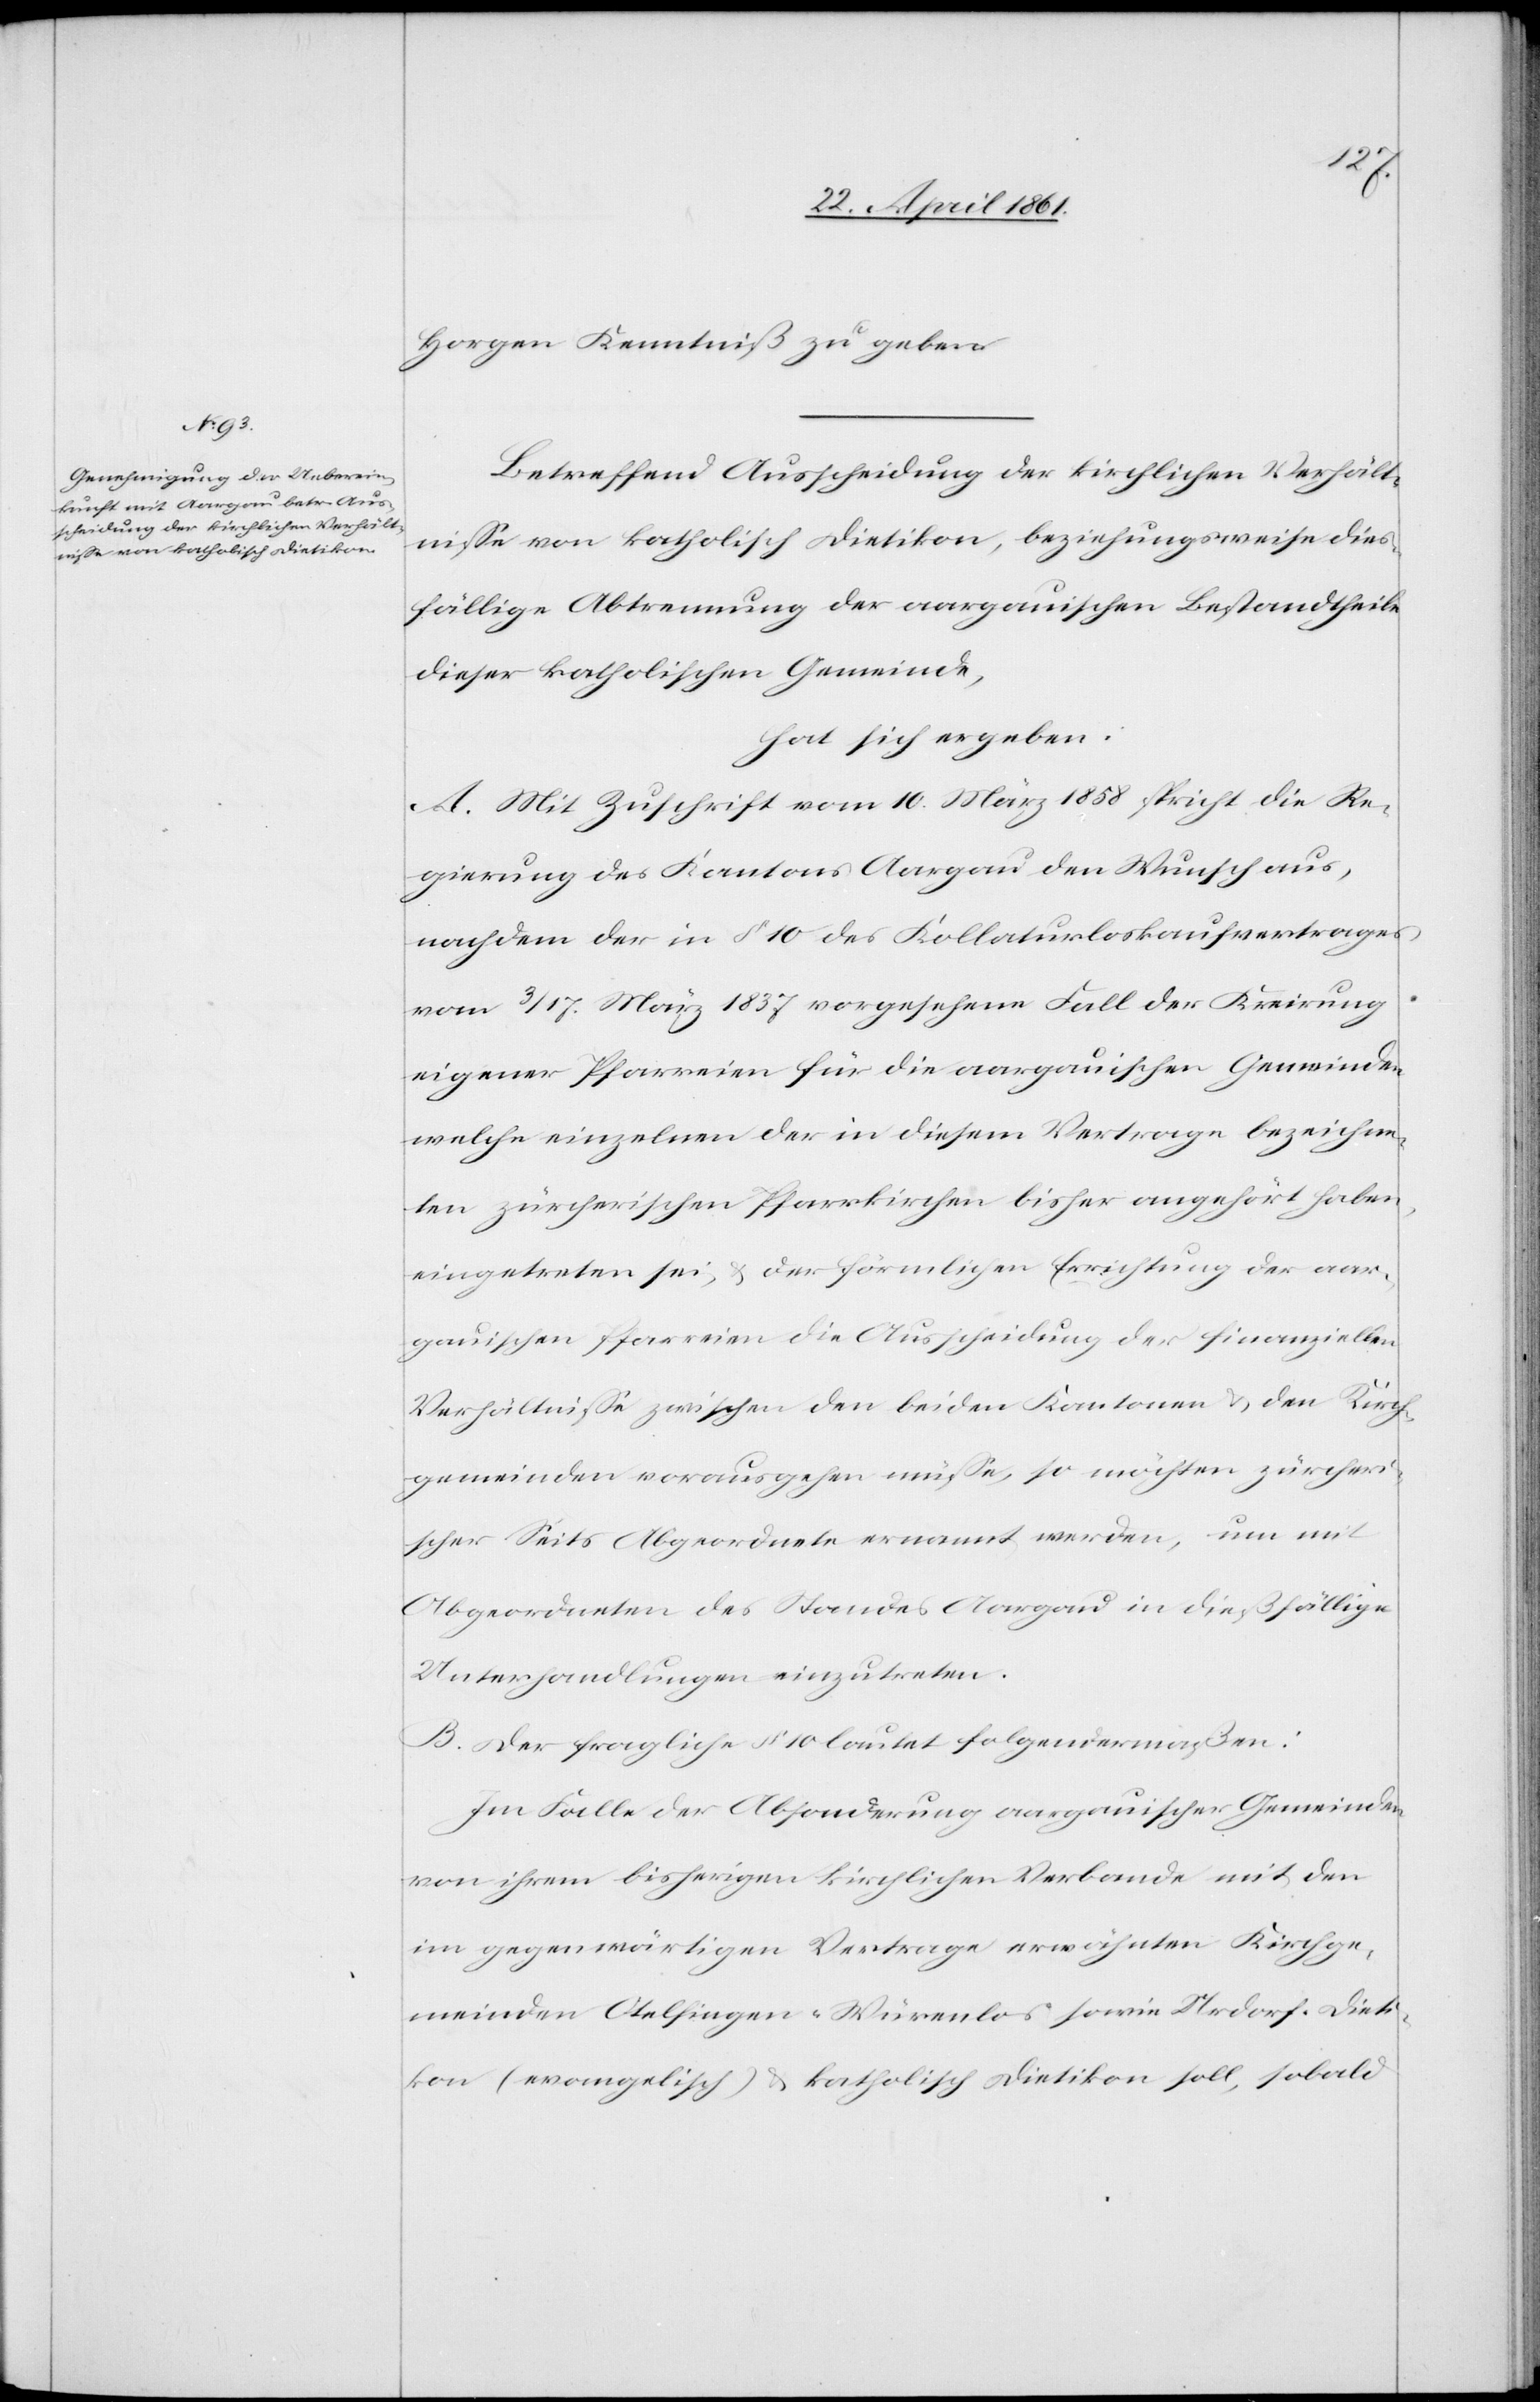
Horgen Kenntniß zu geben.
Betreffend Ausscheidung der kirchlichen Verhält¬
nisse von katholisch Dietikon, beziehungsweise dies¬
fällige Abtrennung der aargauischen Bestandtheile
dieser katholischen Gemeinde,
hat sich ergeben:
A. Mit Zuschrift vom 10. März 1858 spricht die Re¬
gierung des Kantons Aargau den Wunsch aus,
nachdem der in § 10 des Kollaturloskaufvertrages
vom 3 / 17. März 1837 vorgesehene Fall der Kreirung
eigener Pfarreien für die aargauischen Gemeinden
welche einzelnen der in diesem Vertrage bezeichne¬
ten zürcherischen Pfarrkirchen bisher angehört haben,
eingetreten sei, u. der förmlichen Errichtung der aar¬
gauischen Pfarreien die Ausscheidung der finanziellen
Verhältnisse zwischen den beiden Kantonen u. den Kirch¬
gemeinden vorausgehen müsse, so möchten zürcheri¬
scher Seits Abgeordnete ernannt werden, um mit
Abgeordneten des Standes Aargau in dießfällige
Unterhandlungen einzutreten.
B. Der fragliche § 10 lautet folgendermaßen:
Im Falle der Absonderung aargauischer Gemeinden
von ihrem bisherigen kirchlichen Verbande mit den
im gegenwärtigen Vertrage erwähnten Kirchge¬
meinden Otelfingen-Würenlos sowie Urdorf-Diet¬
ikon (evangelisch) u. katholisch Dietikon soll, sobald